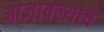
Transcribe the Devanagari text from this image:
आज्ञावल्याचे